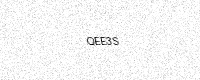
Text: QEE3S